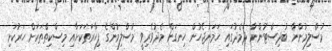
މުސްލިމުންނާ ބުދިސްޓުންނާ ދެމެދުގައި ހަމަނުޖެހުން ހިނގަން މެދުވެރިވީ މުސްލިމުންގެ ފިހާރަތަކަށާއި މިސްކިތްތަކަށް ހަރުކަށި